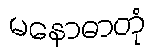
မနောဓာတုံ